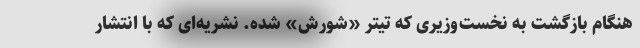
هنگام بازگشت به نخست‌وزیری که تیتر «شورش» شده. نشریه‌ای که با انتشار